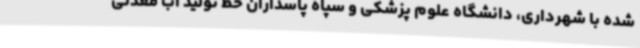
شده با شهرداری، دانشگاه علوم پزشکی و سپاه پاسداران خط تولید آب معدنی